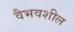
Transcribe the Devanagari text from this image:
वैभवशील